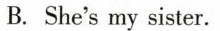
B. She's my sister.